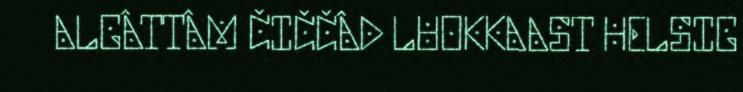
ALGÂTTÂM ČIČČÂD LUOKKAAST HELSIG